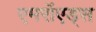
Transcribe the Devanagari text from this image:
एमरॉएड्स